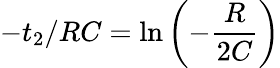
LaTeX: -t_{2}/RC=\ln{\left(-\frac{R}{2C}\right)}